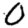
Digit: 0